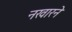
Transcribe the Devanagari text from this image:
नखारने